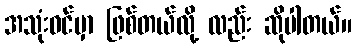
အသုံးဝင်မှာ ဖြစ်တယ်လို့ လည်း ဆိုပါတယ်။